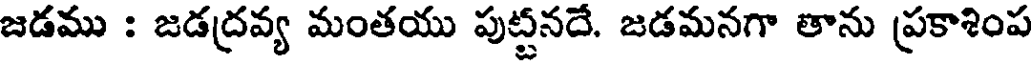
జడము : జడద్రవ్య మంతయు పుట్టనదే. జడమనగా తాను ప్రకాశింప